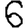
Digit: 6